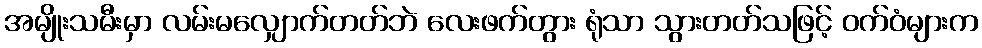
အမျိုးသမီးမှာ လမ်းမလျှောက်တတ်ဘဲ လေးဖက်တွား ရုံသာ သွားတတ်သဖြင့် ဝက်ဝံများက